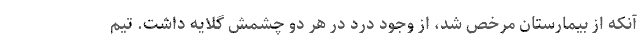
آنکه از بیمارستان مرخص شد، از وجود درد در هر دو چشمش گلایه داشت. تیم